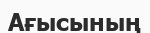
Ағысының